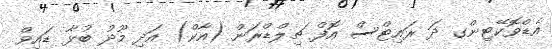
އެޑްވޮކޭޓިންގ ދަ ރައިޓްސް އޮފް ޗިލްޑްރަން (އާކް) އަދި މޫދު ބުޅާ ޑައިވް